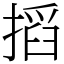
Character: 搯